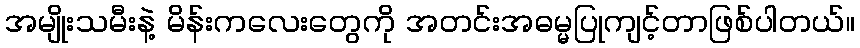
အမျိုးသမီးနဲ့ မိန်းကလေးတွေကို အတင်းအဓမ္မပြုကျင့်တာဖြစ်ပါတယ်။